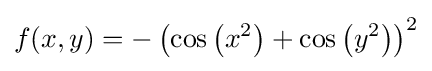
f(x,y)=-\left(\cos \left(x^{2}\right)+\cos \left(y^{2}\right)\right)^{2}